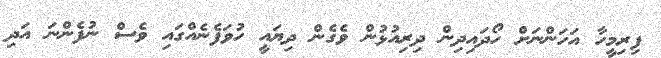
ފިރިމީހާ އަހަންނަށް ހޯދައިދިން ދިރިއުޅުން ވެގެން ދިޔައީ ހުވަފެނެއްގައި ވެސް ނުފެންނަ އަދި